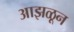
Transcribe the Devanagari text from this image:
आझळून